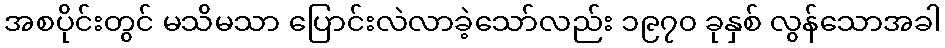
အစပိုင်းတွင် မသိမသာ ပြောင်းလဲလာခဲ့သော်လည်း ၁၉၇၀ ခုနှစ် လွန်သောအခါ